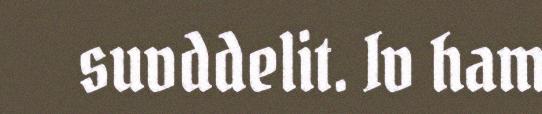
suvddelit. Iv ham